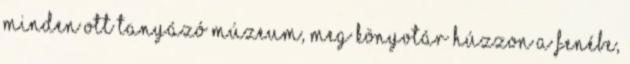
minden ott tanyázó múzeum, meg könyvtár húzzon a fenébe,